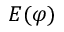
E ( \varphi )